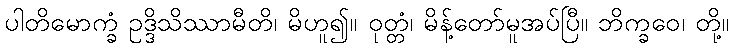
ပါတိမောက္ခံ ဥဒ္ဒိသိဿာမီတိ၊ မိဟူ၍။ ဝုတ္တံ၊ မိန့်တော်မူအပ်ပြီ။ ဘိက္ခဝေ၊ တို့။